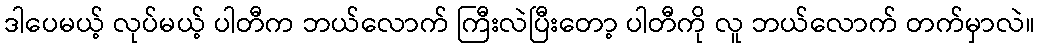
ဒါပေမယ့် လုပ်မယ့် ပါတီက ဘယ်လောက် ကြီးလဲပြီးတော့ ပါတီကို လူ ဘယ်လောက် တက်မှာလဲ။